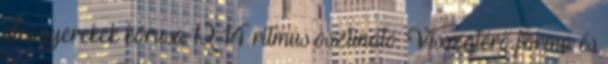
utcagyerekek kórusa 12 14 ritmus osztinátó. Visszatérő forma és